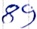
Text: 89